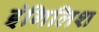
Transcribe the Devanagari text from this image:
इंगिलिश